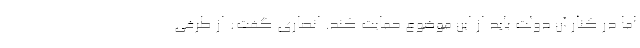
اما در کنار آن دولت باید از این موضوع حمایت کند. انصاری گفت: از طرفی